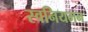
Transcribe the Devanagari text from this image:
स्वनियमन